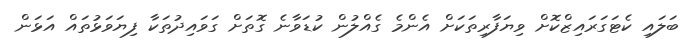
ބަލައި ކެޓަގަރައިޒްކޮށް ވިޔަފާރިތަކަށް އެންމެ ގެއްލުން ކުޑަވާނެ ގޮތަށް ގަވައިދުތަކާ ފިޔަވަޅުތައް އަޅަން